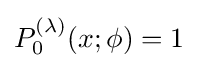
P_{0}^{(\lambda )}(x;\phi )=1